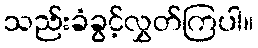
သည်းခံခွင့်လွှတ်ကြပါ။